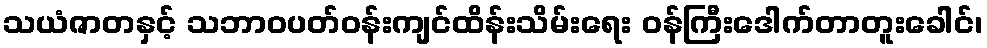
သယံဇာတနှင့် သဘာဝပတ်ဝန်းကျင်ထိန်းသိမ်းရေး ဝန်ကြီးဒေါက်တာတူးခေါင်၊